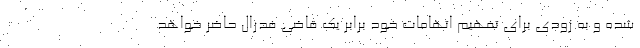
شده و به زودی برای تفهیم اتهامات خود برابر یک قاضی فدرال حاضر خواهد